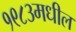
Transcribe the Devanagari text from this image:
१९८३मधील